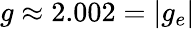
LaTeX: g\approx 2.002=|g_{e}|